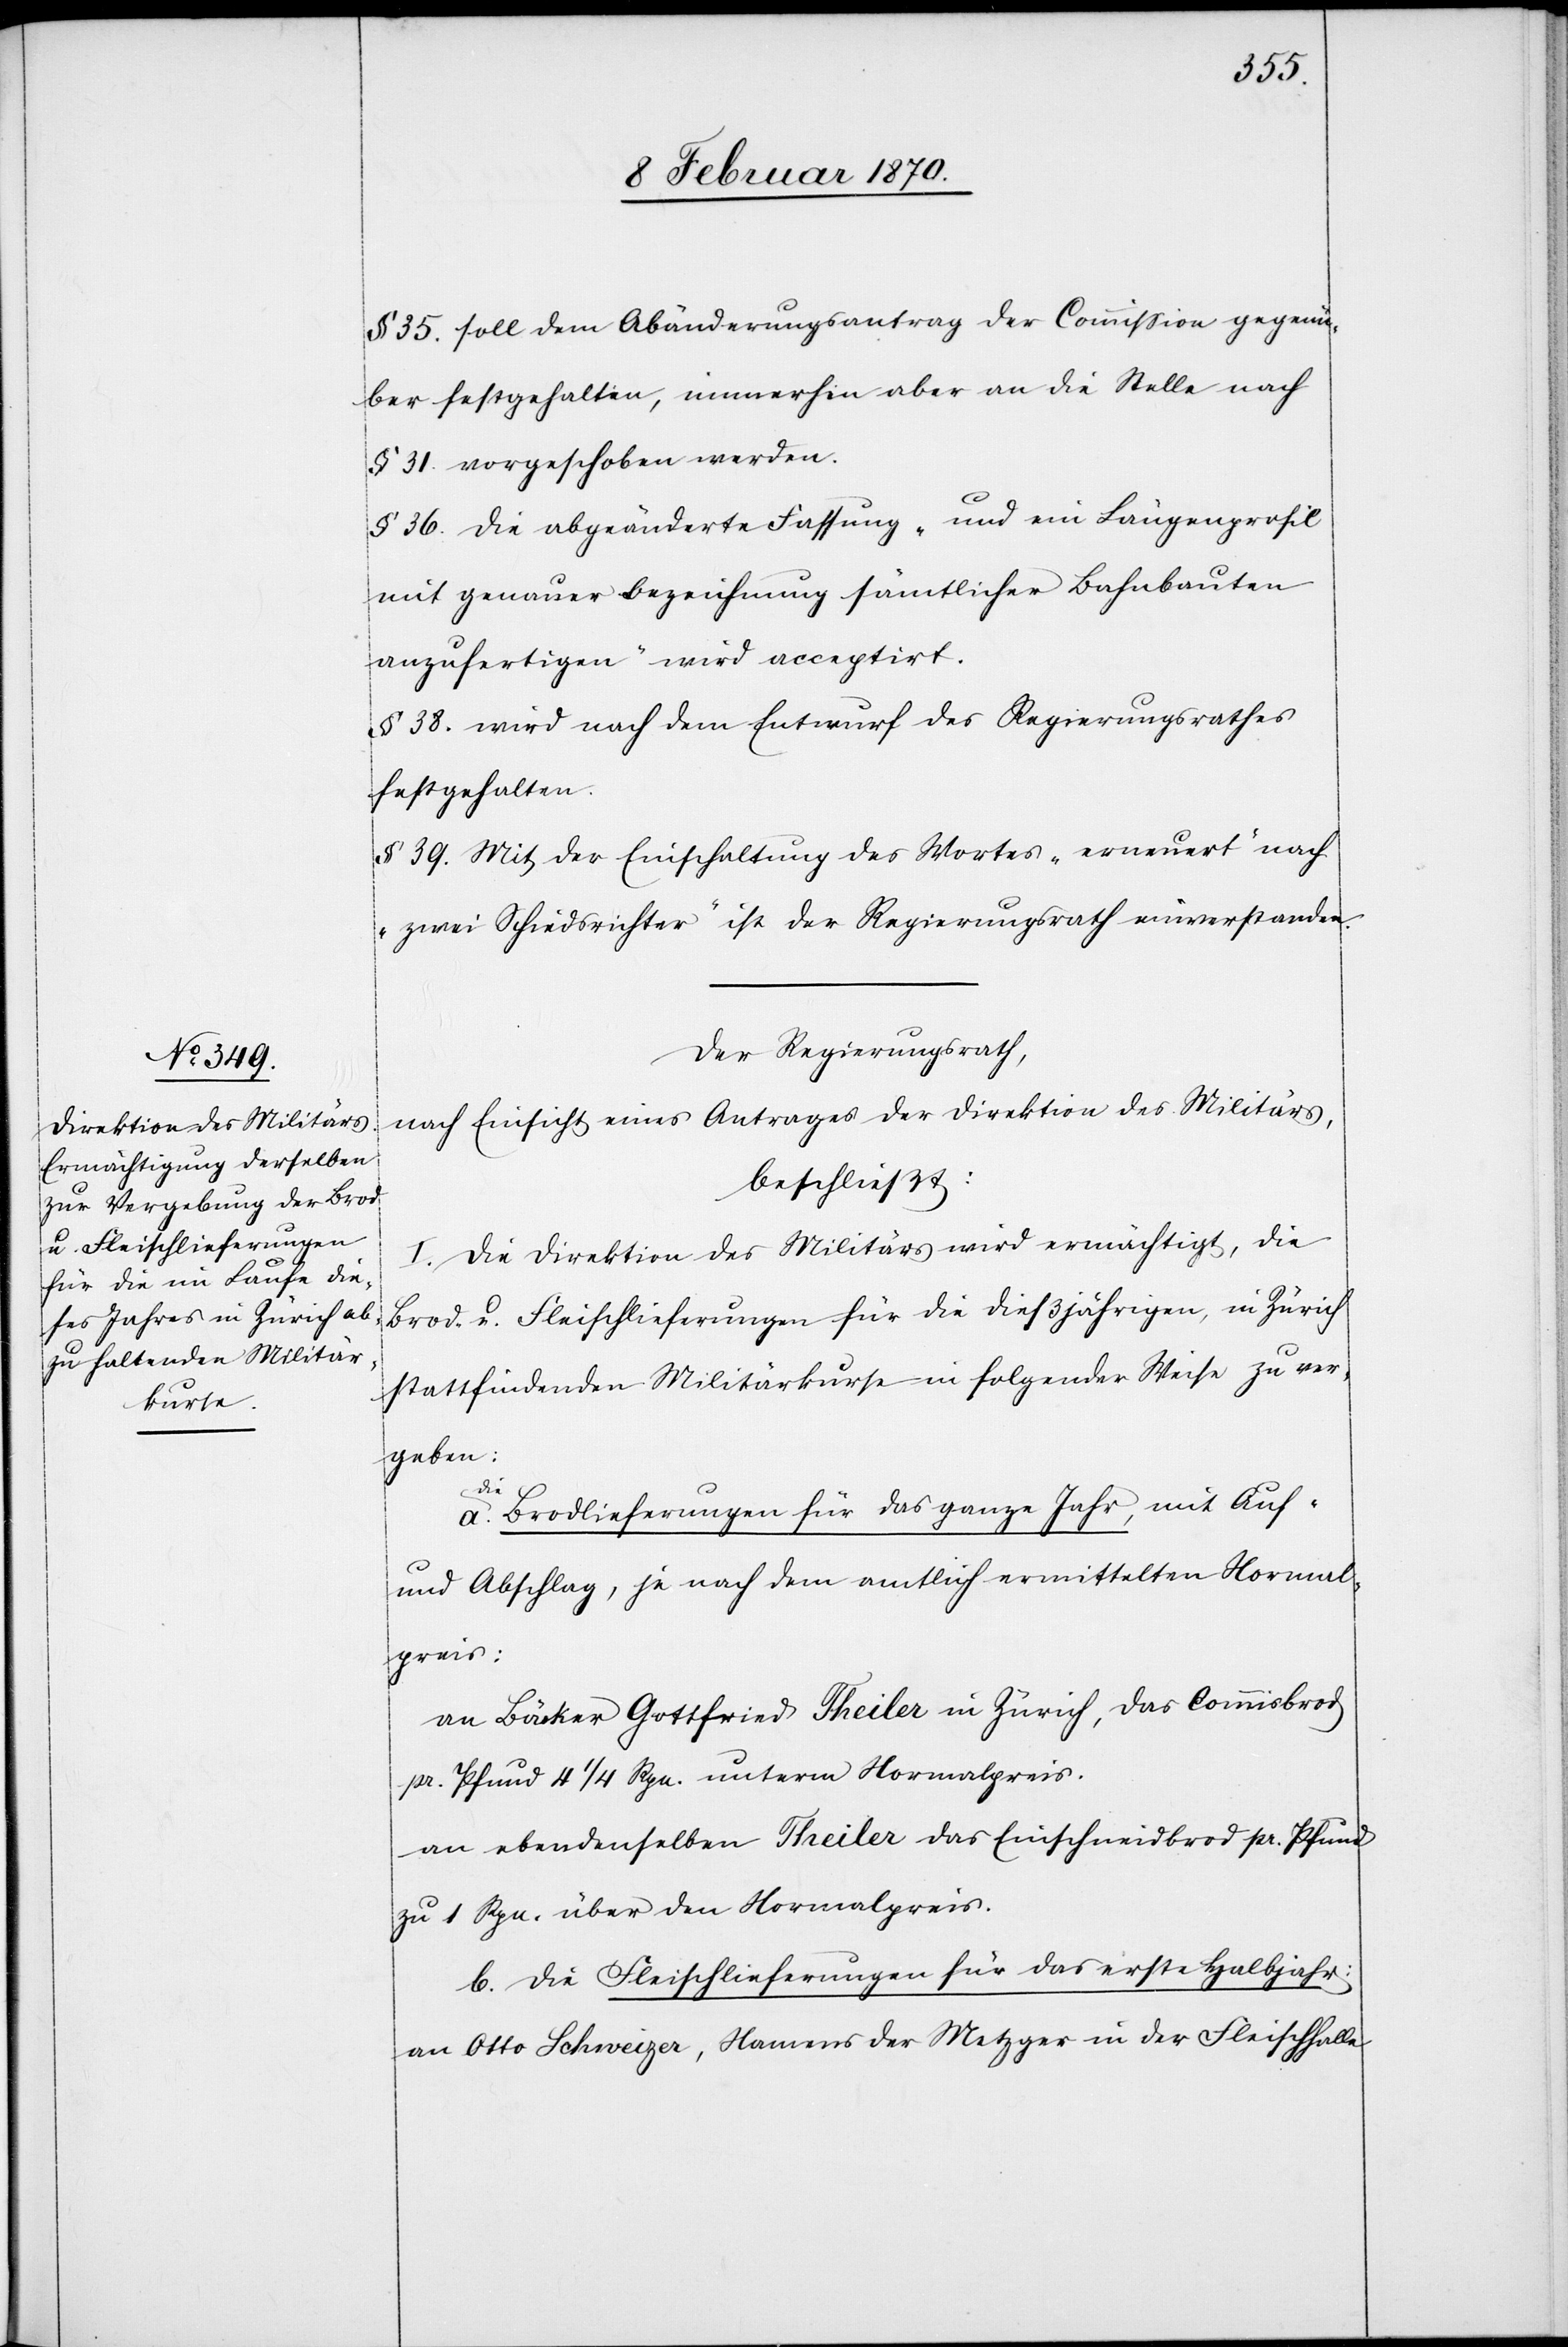
§ 35. soll dem Abänderungsantrag der Commission gegenü¬
ber festgehalten, immerhin aber an die Stelle nach
§ 31. vorgeschoben werden.
§ 36. Die abgeänderte Fassung „und ein Längenprofil
mit genauer Bezeichnung sämtlicher Bahnbauten
anzufertigen“ wird acceptirt.
§ 38. wird nach dem Entwurf des Regierungsrathes
festgehalten.
§ 39. Mit der Einschaltung des Wortes „erneuert“ nach
„zwei Schiedsrichter“ ist der Regierungsrath einverstanden.
Der Regierungsrath,
nach Einsicht eines Antrages der Direktion des Militärs,
beschließt:
I. Die Direktion des Militärs wird ermächtigt, die
Brod- u. Fleischlieferungen für die dießjährigen, in Zürich
stattfindenden Militärkurse in folgender Weise zu ver¬
geben:
a.
Die Brodlieferungen für das ganze Jahr, mit Auf-
und Abschlag, je nach dem amtlich ermittelten Normal¬
preis:
an Bäcker Gottfried Theiler in Zürich, das Commisbrod
pr. Pfund 4 1/4 Rpn. unterm Normalpreis.
an ebendenselben Theiler das Einschneidbrod pr. Pfund
zu 1 Rpn. über den Normalpreis.
b. die Fleischlieferungen für das erste Halbjahr:
an Otto Schweizer, Namens der Metzger in der Fleischhalle